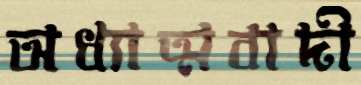
অধ্যাত্মবাদী